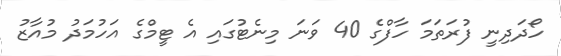
ހޯދަދިނީ ފުރަތަމަ ހާފްގެ 40 ވަނަ މިނެޓުގައި އެ ޓީމްގެ އަހުމަދު މުއާޒު